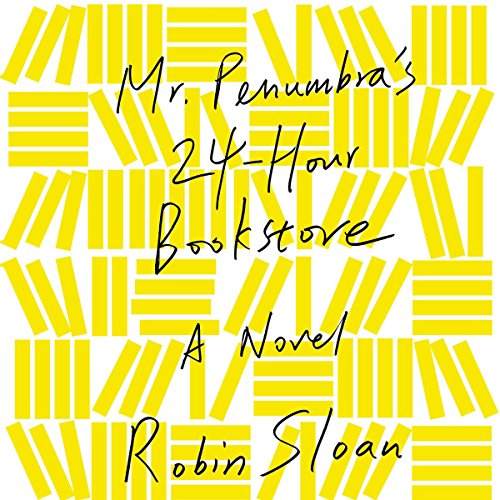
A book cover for Mr. Penumbra's 24-Hour Bookstore: A Novel; Robin Sloan; Mystery, Thriller & Suspense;